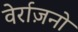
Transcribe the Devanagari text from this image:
वेर्राज़नो